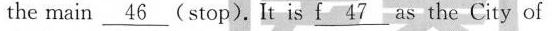
the main \underline{46} (stop). It is \underline{f 47} as the City of